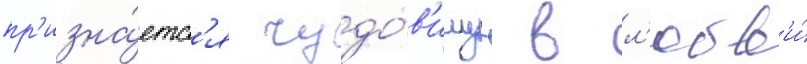
пр'изна́етс'я чудо́в'ищу в л'юбв'и́